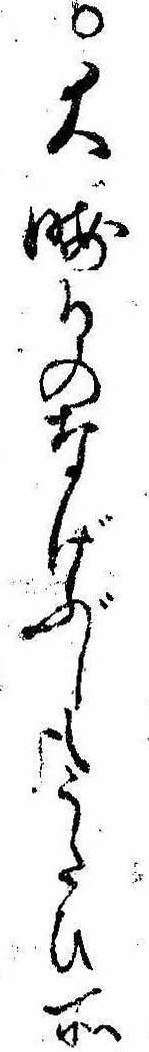
○大晦日のなげぶしもうたひ所